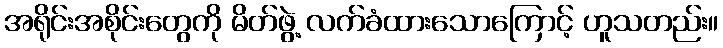
အရိုင်းအစိုင်းတွေကို မိတ်ဖွဲ့ လက်ခံထားသောကြောင့် ဟူသတည်း။